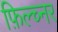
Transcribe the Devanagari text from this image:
फ़िल्च्नर